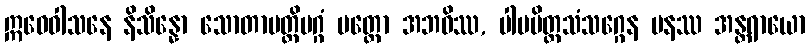
ဣဓေဝါသနေ နိသိန္နော သောတာပတ္တိမဂ္ဂံ ပတ္တော အဘဝိဿ, ပါပမိတ္တသံသဂ္ဂေန ပနဿ အန္တရာယော